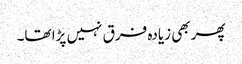
پھر بھی زیادہ فرق نہیں پڑا تھا۔